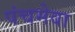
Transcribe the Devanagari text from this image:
पंचमेवा